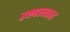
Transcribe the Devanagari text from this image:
उश्माघात